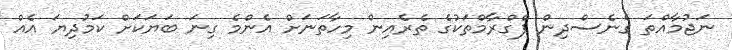
ނަޖުމާއްތަ ގެނެސްދިން ޕްގްރާމްތަކުގެ ތެރެއިން މިހާތަނަށް އެންމެ ގިނަ ބަޔަކަށް ކަމުދިޔަ އެއް